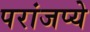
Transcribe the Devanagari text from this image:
परांजप्ये